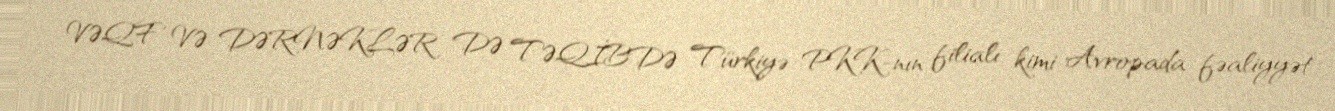
VƏQF VƏ DƏRNƏKLƏR DƏ TƏQİBDƏ Türkiyə PKK-nın filialı kimi Avropada fəaliyyət